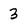
Character: 3